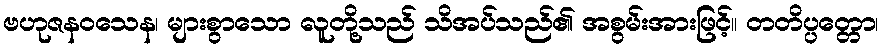
ဗဟုဇနဝသေန၊ များစွာသော လူတို့သည် သိအပ်သည်၏ အစွမ်းအားဖြင့်။ တတိပ္ပတ္တော၊